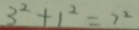
3 ^ { 2 } + 1 ^ { 2 } = 7 ^ { 2 }